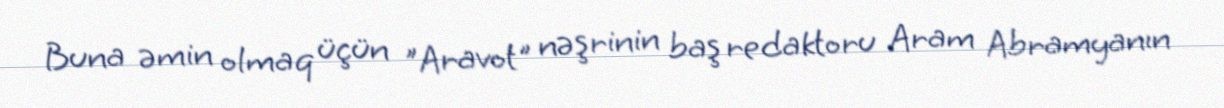
Buna əmin olmaq üçün "Aravot" nəşrinin baş redaktoru Aram Abramyanın